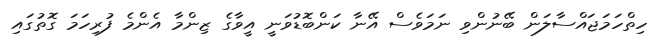
ހިތްހަމަޖައްސާލަން ބޭނުންވި ނަމަވެސް އޭނާ ކަންބޮޑުވަނީ އީވާގެ ޒިންމާ އެންމެ ފުރިހަމަ ގޮތުގައި